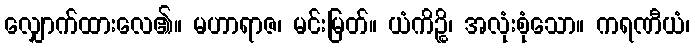
လျှောက်ထားလေ၏။ မဟာရာဇ၊ မင်းမြတ်။ ယံကိဉ္စိ၊ အလုံးစုံသော။ ကရဏီယံ၊